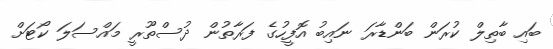
ބައި ބާތިލް ކުރަން ބަންޑާރަ ނައިބު އޮފީހުގެ ފަރާތުން ދުސްތޫރީ މައްސަލަ ކޯޓަށް